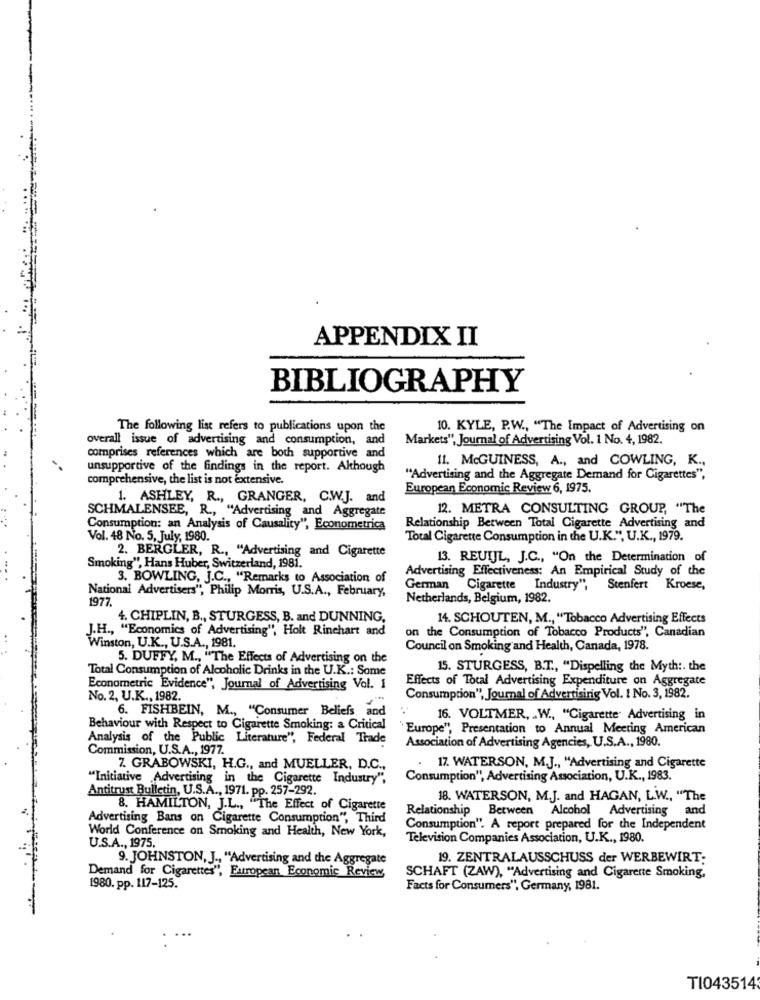
APPENDIX II
BIBLIOGRAPHY
The following list refers to publications upon the
10. KYLE, P.W ., "The Impact of Advertising on
overall issue of advertising and consumption, and
Markets", Journal of Advertising Vol. 1 No. 4, 1982.
comprises references which are both supportive and
11. McGUINESS, A ., and COWLING, K .,
unsupportive of the findings in the report. Although
comprehensive, the list is not extensive.
"Advertising and the Aggregate Demand for Cigarettes",
European Economic Review 6, 1975.
1. ASHLEY, R ., GRANGER, C.W.J. and
12. METRA CONSULTING GROUP, "The
SCHMALENSEE, R ., "Advertising and Aggregate
Consumption: an Analysis of Causality", Econometrica
Relationship Between Total Cigarette Advertising and
Vol. 48 No. 5, July, 1980.
Total Cigarette Consumption in the U.K.", U.K ., 1979.
2. BERGLER, R ., "Advertising and Cigarette
13. REUIL, J.C ., "On the Determination of
Smoking", Hans Huber, Switzerland, 1981.
Advertising Effectiveness: An Empirical Study of the
3. BOWLING, J.C ., "Remarks to Association of
National Advertisers", Philip Morris, U.S.A ., February,
German Cigarette Industry",
Stenfert Kroese,
1977.
Netherlands, Belgium, 1982.
4. CHIPLIN, B ., STURGESS, B. and DUNNING,
14. SCHOUTEN, M ., "Tobacco Advertising Effects
J.H ., "Economics of Advertising", Holt Rinchart and
on the Consumption of Tobacco Products", Canadian
Winston, U.K ., U.S.A ., 1981.
Council on Smoking and Health, Canada, 1978.
5. DUFFY, M ., "The Effects of Advertising on the
Total Consumption of Alcoholic Drinks in the U.K .: Some
15. STURGESS, B.T ., "Dispelling the Myth :. the
Effects of Total Advertising Expenditure on Aggregate
Econometric Evidence", Journal of Advertising Vol. 1
No. 2, U.K ., 1982.
Consumption", Journal of Advertising Vol. 1 No. 3, 1982.
6. FISHBEIN, M ., "Consumer Beliefs and
16. VOLTMER, . W ., "Cigarette Advertising in
Behaviour with Respect to Cigarette Smoking: a Critical
"Europe", Presentation to Annual Meeting American
Analysis of the Public Literature", Federal Trade
Commission, U.S.A ., 1977.
Association of Advertising Agencies, U.S.A ., 1980.
. 17. WATERSON, M.J ., "Advertising and Cigarette
7. GRABOWSKI, H.G ., and MUELLER, D.C .,
"Initiative Advertising in the Cigarette Industry",
Consumption", Advertising Association, U.K ., 1983.
Antitrust Bulletin, U.S.A ., 1971. pp. 257-292.
18. WATERSON, M.J. and HAGAN, L.W ., "The
8. HAMILTON, J.L ., "The Effect of Cigarette
Relationship Between Alcohol Advertising and
Advertising Bans on Cigarette Consumption", Third
World Conference on Smoking and Health, New York,
Consumption". A report prepared for the Independent
U.S.A ., 1975.
Television Companies Association, U.K ., 1980.
9. JOHNSTON, J ., "Advertising and the Aggregate
19. ZENTRALAUSSCHUSS der WERBEWIRT-
Demand for Cigarettes", European Economic Review,
SCHAFT (ZAW), "Advertising and Cigarette Smoking,
1980. pp. 117-125.
Facts for Consumers", Germany, 1981.
TI043514